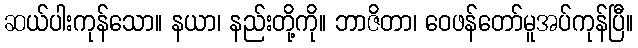
ဆယ်ပါးကုန်သော။ နယာ၊ နည်းတို့ကို။ ဘာဇိတာ၊ ဝေဖန်တော်မူအပ်ကုန်ပြီ။